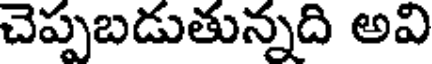
చెప్పబడుతున్నది అవి